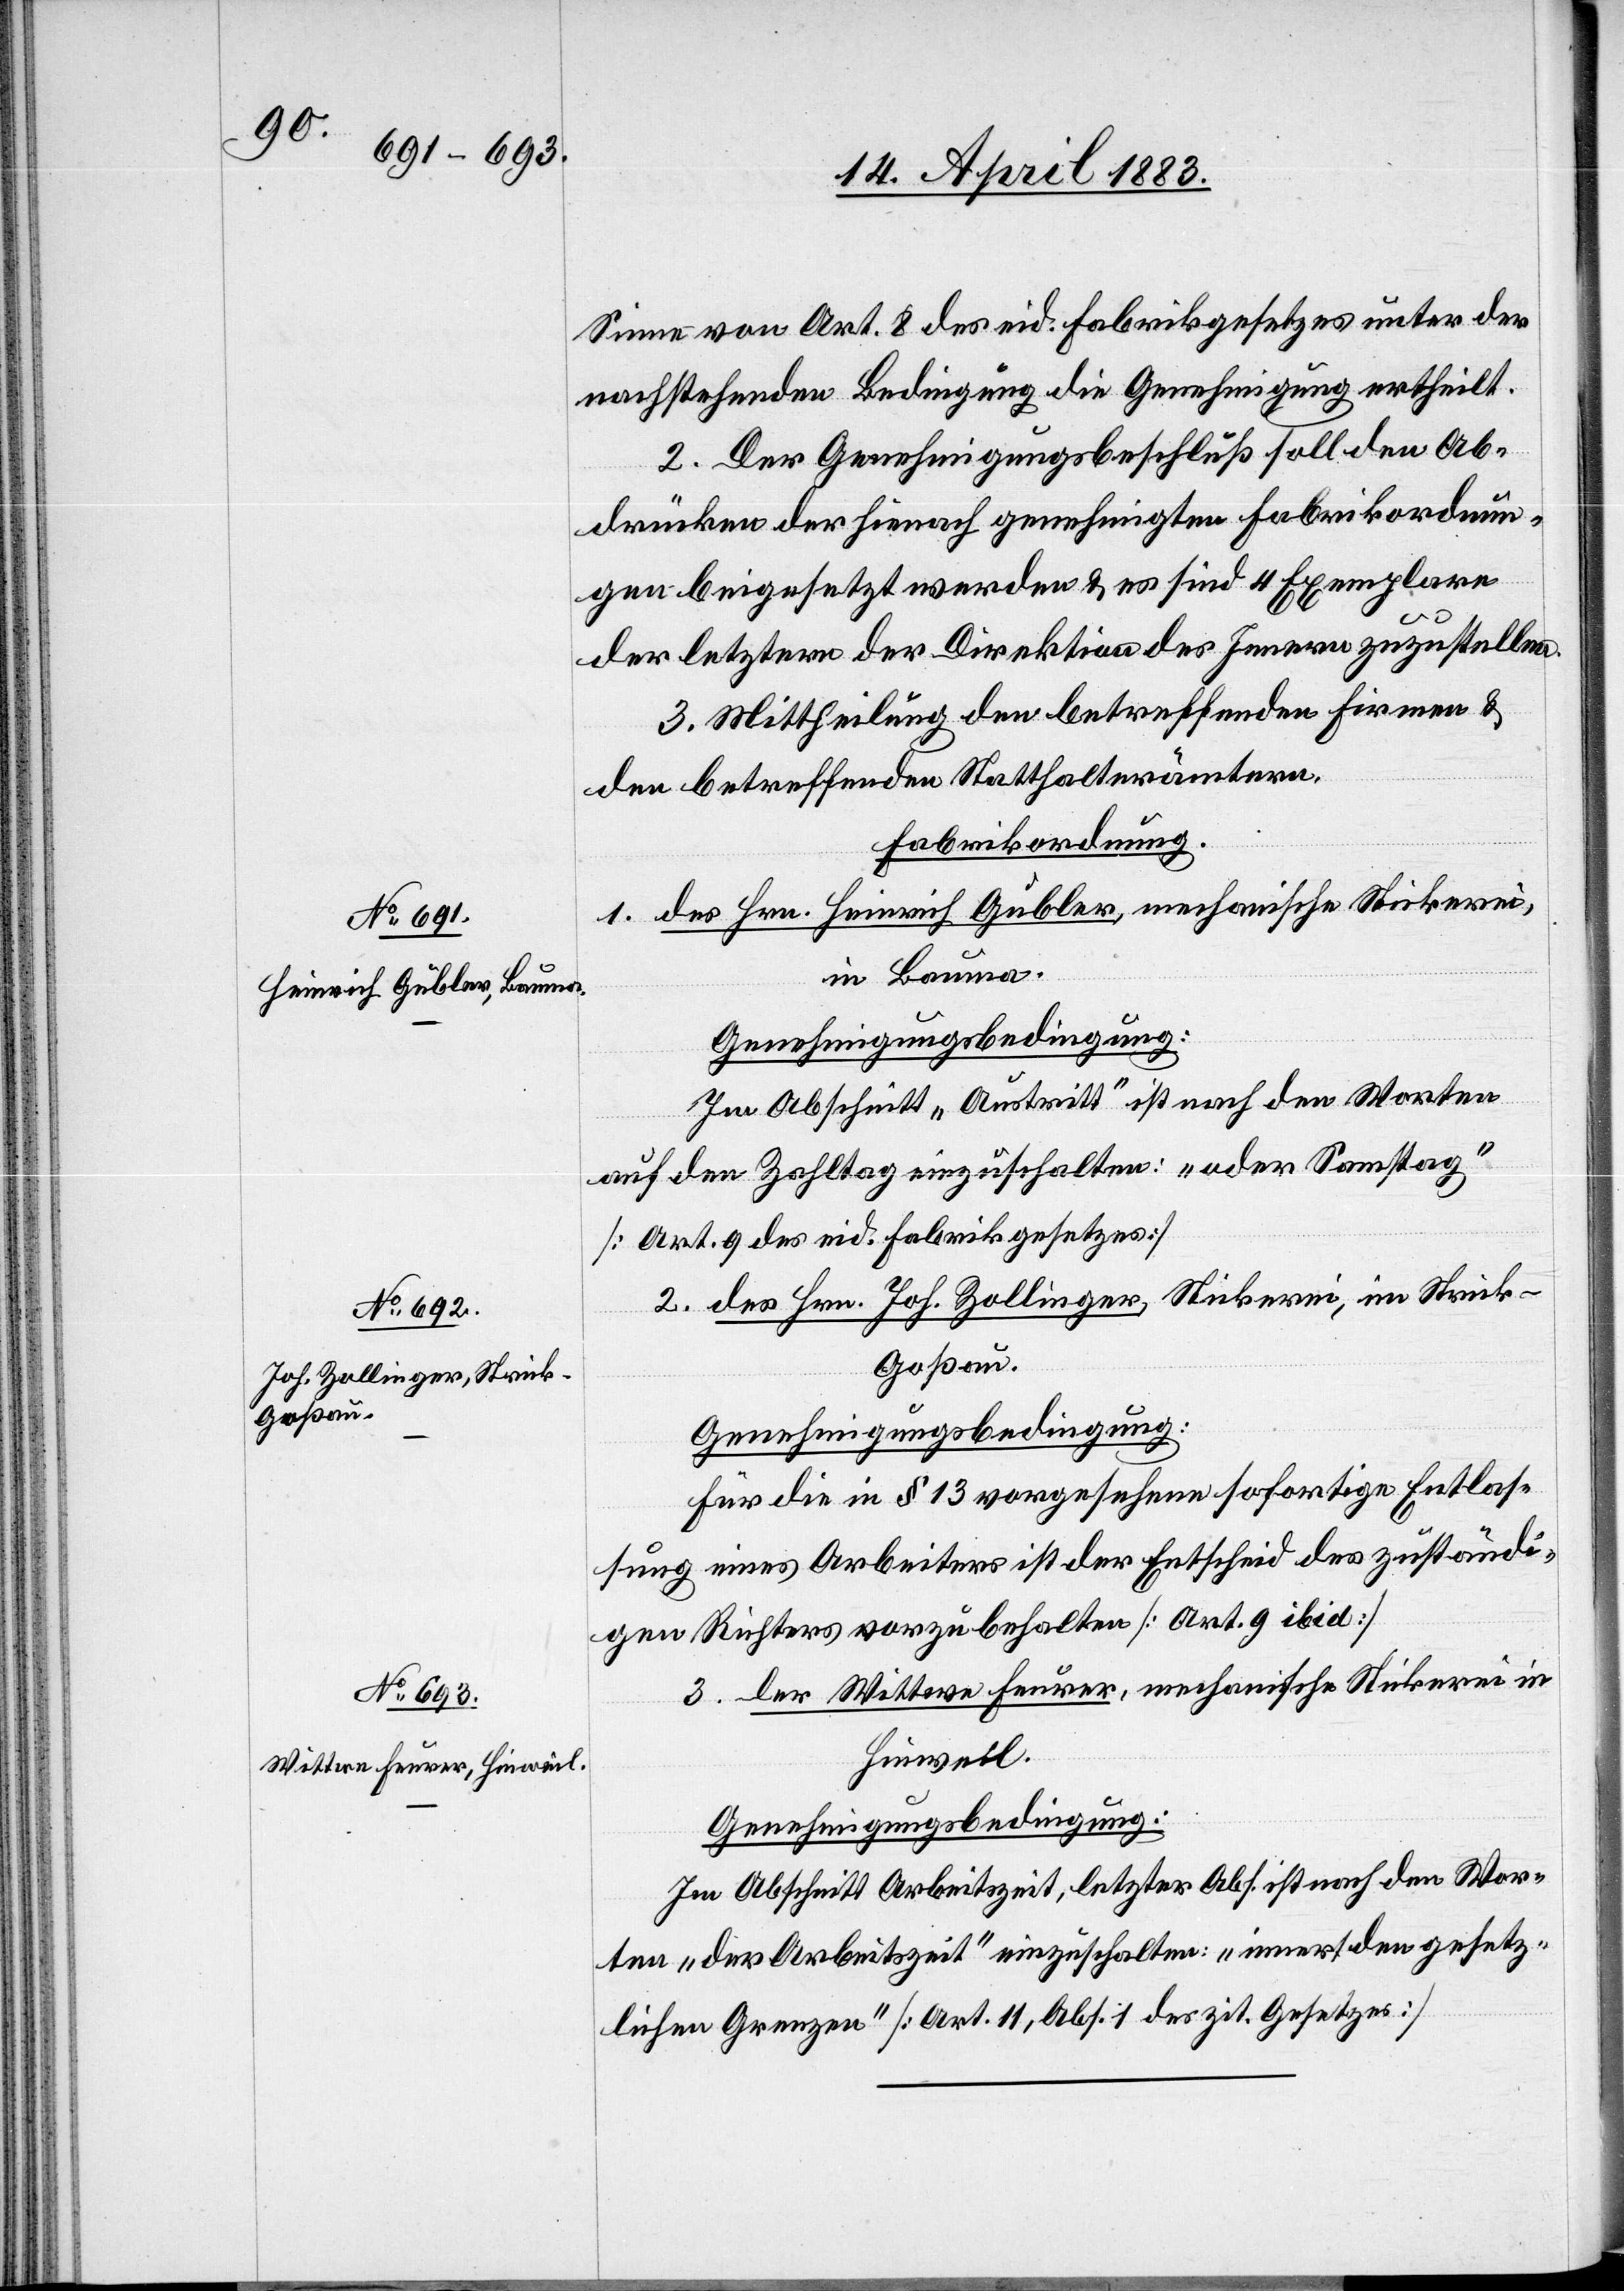
Sinne von Art. 8 des eid. Fabrikgesetzes unter der
nachstehenden Bedingung die Genehmigung ertheilt.
2. Der Genehmigungsbeschluß soll den Ab¬
drücken der hienach genehmigten Fabrikordnun¬
gen beigesetzt werden & es sind 4 Exemplare
der letztern der Direktion des Innern zuzustellen.
3. Mittheilung den betreffenden Firmen &
den betreffenden Statthalterämtern.
Fabrikordnungen.
1. des Hrn. Heinrich Gubler, mechanische Stickerei,
in Bauma.
Genehmigungsbedingung:
Im Abschnitt „Austritt“ ist nach den Worten
auf den Zahltag einzuschalten: „oder Samstag“
[Art. 9 des eid. Fabrikgesetzes].
2. des Herrn Joh. Zollinger, Stickerei, im Strick -
Goßau.
Genehmigungsbedingung:
Für die in § 13 vorgesehene sofortige Entlas¬
sung eines Arbeiters ist der Entscheid des zuständi¬
gen Richters vorzubehalten [Art. 9 ibid].
3. der Wittwe Furrer, mechanische Stickerei in
Hinweil.
Genehmigungsbedingung:
Im Abschnitt Arbeitszeit, letzter Abs. ist nach den Wor¬
ten „der Arbeitszeit“ einzuschalten: „innert den gesetz¬
lichen Grenzen“ [Art. 11, Abs. 1 des zit. Gesetzes].